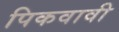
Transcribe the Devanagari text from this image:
पिकवावी